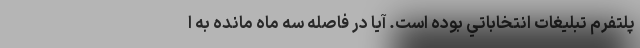
پلتفرم تبليغات انتخاباتي بوده است. آيا در فاصله سه ماه مانده به ا